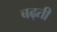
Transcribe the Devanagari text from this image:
बढ्ती